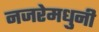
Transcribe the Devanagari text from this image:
नजरेमधुनी